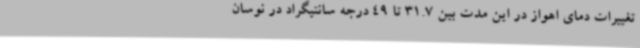
تغییرات دمای اهواز در این مدت بین 31.7 تا 49 درجه سانتیگراد در نوسان